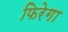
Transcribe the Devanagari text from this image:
फिरेगा